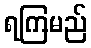
ရကြမည်